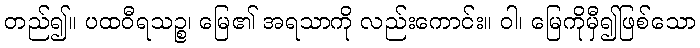
တည်၍။ ပထဝီရသဉ္စ၊ မြေ၏ အရသာကို လည်းကောင်း။ ဝါ၊ မြေကိုမှီ၍ဖြစ်သော